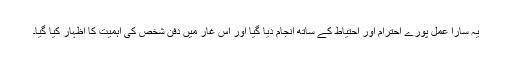
یہ سارا عمل پورے احترام اور احتیاط کے ساتھ انجام دیا گیا اور اس غار میں دفن شخص کی اہمیت کا اظہار کیا گیا۔